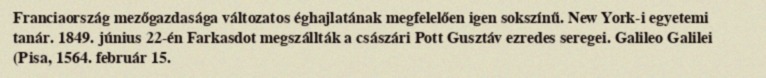
Franciaország mezőgazdasága változatos éghajlatának megfelelően igen sokszínű. New York-i egyetemi tanár. 1849. június 22-én Farkasdot megszállták a császári Pott Gusztáv ezredes seregei. Galileo Galilei (Pisa, 1564. február 15.